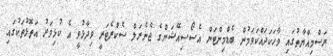
ރަސްމިއްޔާތުގައި ވާހަކަދައްކަވަމުން ބެޑްމިންޓަން އެސޯސިއޭޝަންގެ ޖެނެރަލް ސެކްރެޓަރީ ވިދާޅުވީ އެ ކުޅިވަރު އަތޮޅުތަކުގައި